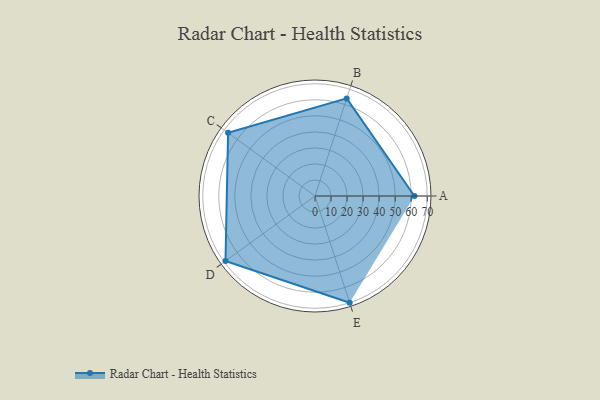
{"axis": {"x": "Skill", "y": "Score"}, "legend": ["Profile"], "data": [{"x": "A", "y": 62.0, "type": "Profile"}, {"x": "B", "y": 64.0, "type": "Profile"}, {"x": "C", "y": 67.0, "type": "Profile"}, {"x": "D", "y": 69.0, "type": "Profile"}, {"x": "E", "y": 70.0, "type": "Profile"}]}